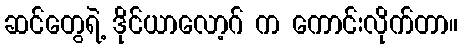
ဆင်တွေရဲ့ ဒိုင်ယာလော့ဂ် က ကောင်းလိုက်တာ။